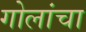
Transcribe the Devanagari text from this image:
गोलांचा